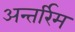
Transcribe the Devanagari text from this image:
अन्तर्रिम